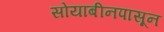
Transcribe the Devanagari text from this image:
सोयाबीनपासून